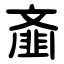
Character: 齑